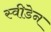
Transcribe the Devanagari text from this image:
स्‍वीडेन